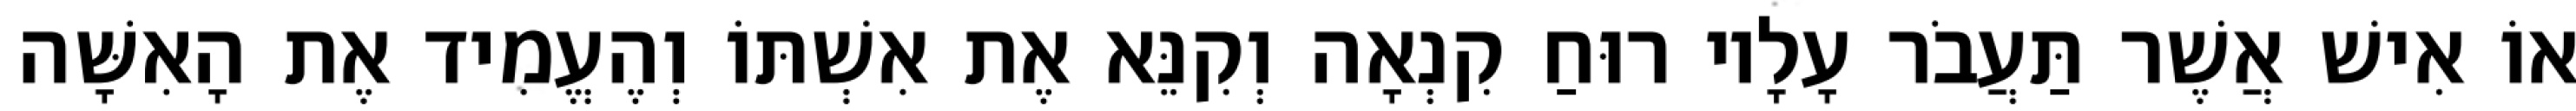
אוֹ אִישׁ אֲשֶׁר תַּעֲבֹר עָלָיו רוּחַ קִנְאָה וְקִנֵּא אֶת אִשְׁתּוֹ וְהֶעֱמִיד אֶת הָאִשָּׁה